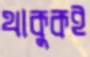
থাকুকই